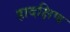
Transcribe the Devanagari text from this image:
हादक्षिण